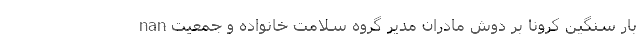
nan بار سنگین کرونا بر دوش مادران مدیر گروه سلامت خانواده و جمعیت